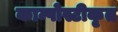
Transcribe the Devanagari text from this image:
काम्पोस्टीकृत